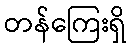
တန်ကြေးရှိ